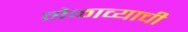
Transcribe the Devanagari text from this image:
मेळाव्याची